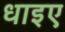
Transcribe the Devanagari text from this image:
धाइए